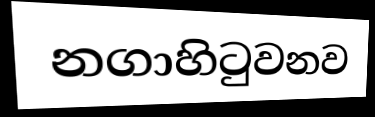
නගාහිටුවනව